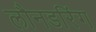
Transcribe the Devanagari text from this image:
लौनडरिंग